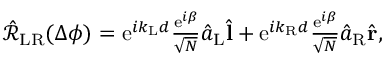
\begin{array} { r } { \hat { \mathcal { R } } _ { \mathrm { L R } } ( \Delta \phi ) = \mathrm { e } ^ { i k _ { \mathrm { L } } d } \frac { \mathrm { e } ^ { i \beta } } { \sqrt { N } } \hat { a } _ { \mathrm { L } } \hat { \bf l } + \mathrm { e } ^ { i k _ { \mathrm { R } } d } \frac { \mathrm { e } ^ { i \beta } } { \sqrt { N } } \hat { a } _ { \mathrm { R } } \hat { \bf r } , } \end{array}